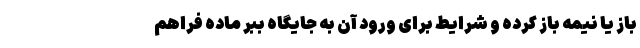
باز یا نیمه باز کرده و شرایط برای ورود آن به جایگاه ببر ماده فراهم